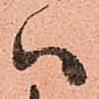
ハ